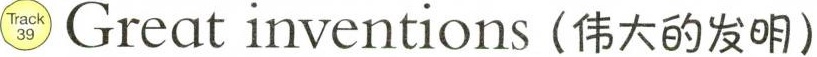
Track 39 Great inventions (伟大的发明)